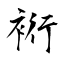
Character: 裄